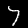
Digit: 7